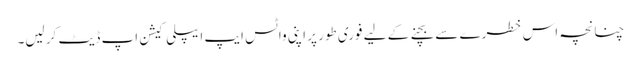
چنانچہ اس خطرے سے بچنے کے لیے فوری طور پر اپنی واٹس ایپ ایپلی کیشن اپ ڈیٹ کر لیں۔